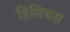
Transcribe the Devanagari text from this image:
हिलियस